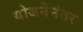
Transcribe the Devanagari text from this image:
योजनेनंतर